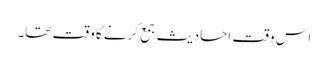
اس وقت احادیث جمع کرنے کا وقت تھا۔